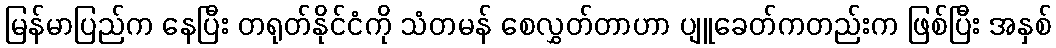
မြန်မာပြည်က နေပြီး တရုတ်နိုင်ငံကို သံတမန် စေလွှတ်တာဟာ ပျူခေတ်ကတည်းက ဖြစ်ပြီး အနှစ်